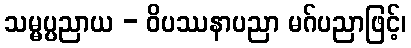
သမ္မပ္ပညာယ - ဝိပဿနာပညာ မဂ်ပညာဖြင့်၊